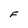
Character: F